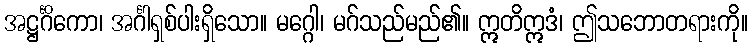
အဋ္ဌင်္ဂိကော၊ အင်္ဂါရှစ်ပါးရှိသော။ မဂ္ဂေါ၊ မဂ်သည်မည်၏။ ဣတိဣဒံ၊ ဤသဘောတရားကို။